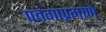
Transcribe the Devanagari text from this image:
पतंगाप्रमाणे